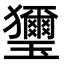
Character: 𤫏